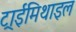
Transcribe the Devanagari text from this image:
ट्राईमिथाइल